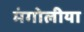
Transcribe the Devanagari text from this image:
मंगोलीया